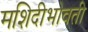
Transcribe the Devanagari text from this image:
मशिदीभोवती